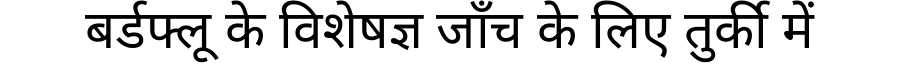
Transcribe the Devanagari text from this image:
बर्डफ्लू के विशेषज्ञ जाँच के लिए तुर्की में